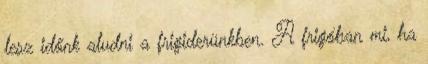
lesz időnk aludni a frigiderünkben. A frigóban mi, ha